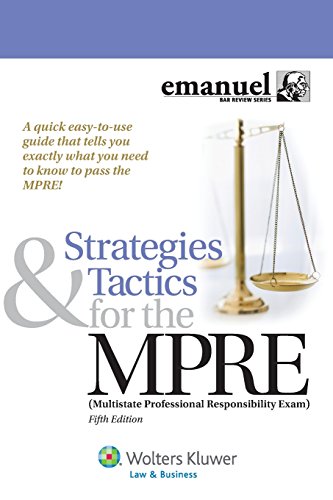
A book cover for Strategies and Tactics for the MPRE (Multistate Professional Responsibility Exam) (Emanuel Bar Review); Steven L. Emanuel; Test Preparation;